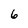
Character: 6